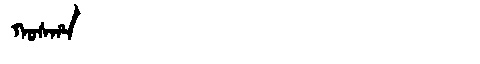
Manchu: ᡴᠣᠰᡥᠠ
Romanization: KOSHA